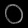
Digit: ၀